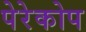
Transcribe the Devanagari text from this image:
पेरेकोप